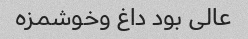
عالی بود داغ وخوشمزه